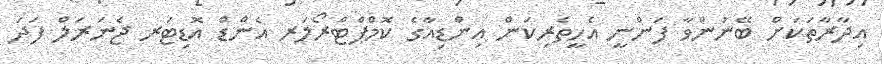
އިދާރާތަކަށް ބޭނުންވާ ފަންނީ އެހީތެރިކަން އިންޑިއާގެ ކޮމްޕްޓްރޯލަރ އެންޑް އޮޑިޓަރ ޖެނަރަލް ފަދަ